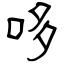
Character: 哆